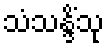
သံသန္ဒိံသု